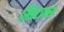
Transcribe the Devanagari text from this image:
सिस्टाम्स